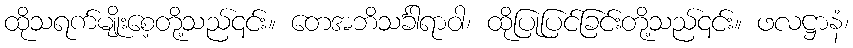
ထိုသရက်မျိုးစေ့တို့သည်၎င်း။ တေအဘိသင်္ခါရာဝါ၊ ထိုပြုပြင်ခြင်းတို့သည်၎င်း။ ဖလဋ္ဌာနံ၊